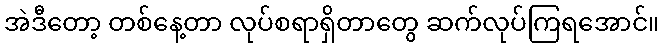
အဲဒီတော့ တစ်နေ့တာ လုပ်စရာရှိတာတွေ ဆက်လုပ်ကြရအောင်။